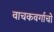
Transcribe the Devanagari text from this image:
वाचकवर्गाचो